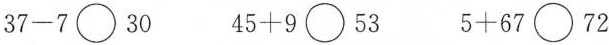
$$37-7\bigcirc 30$$ $$45+9\bigcirc 53$$ $$5+67\bigcirc 72$$